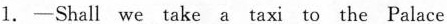
1. -Shall we take a taxi to the Palace